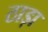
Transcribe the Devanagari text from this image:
ठाड़ा